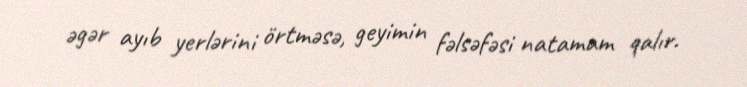
əgər ayıb yerlərini örtməsə, geyimin fəlsəfəsi natamam qalır.